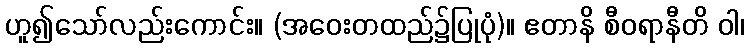
ဟူ၍သော်လည်းကောင်း။ (အဝေးတထည်၌ပြုပုံ)။ ဧတာနိ စီဝရာနီတိ ဝါ၊